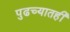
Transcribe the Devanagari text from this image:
पुढच्यातही